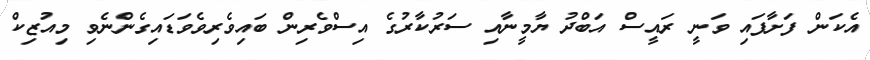
އެކަން ފަށާފައި ވަނީ ރައީސް އަބްދު ޔާމީނާއި ސަރުކާރުގެ އިސްވެރިން ބައިވެރިވެވަޑައިގެންނެވި މިއުޒިކް